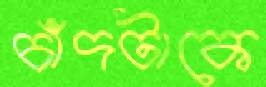
চাঁদটাকে